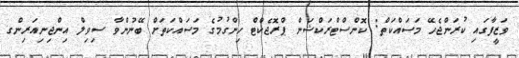
ވަޒީފާގައި ކުރަންޖެހޭ މަސައްކަތް: ކޮންސްޓްރަކްޝަން ޕްރޮޖެކްޓް ހިންގުމުގެ މަސައްކަތަށް ބޭނުންވާ ސިވިލް އިންޖިނިއަރިންގ